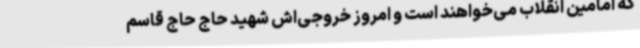
که امامین انقلاب می‌خواهند است و امروز خروجی‌اش شهید حاج‌ حاج قاسم